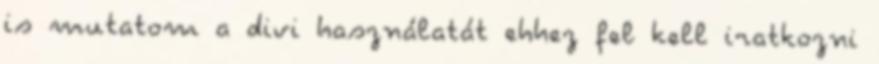
is mutatom a divi használatát ehhez fel kell iratkozni